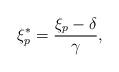
LaTeX: \begin{align*}\xi_{p}^{*} = \dfrac{\xi_{p} - \delta}{\gamma},\end{align*}